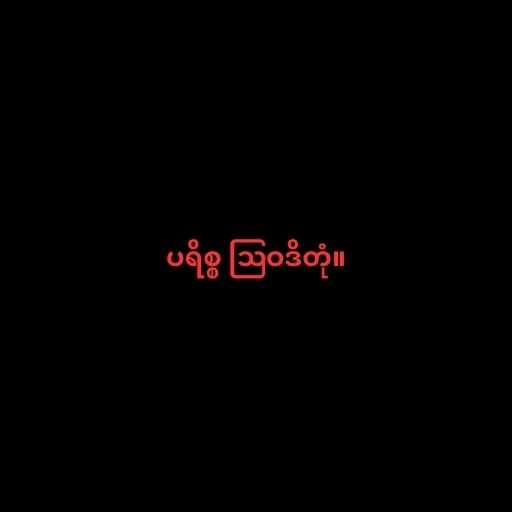
ပရိစ္စ ဩဝဒိတုံ။